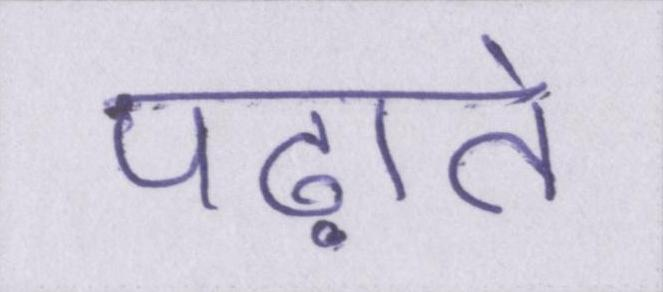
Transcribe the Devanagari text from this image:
पढ़ाते